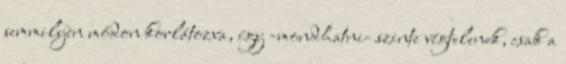
semmilyen módon korlátozva, így -mondhatni- szinte végtelenek, csak a